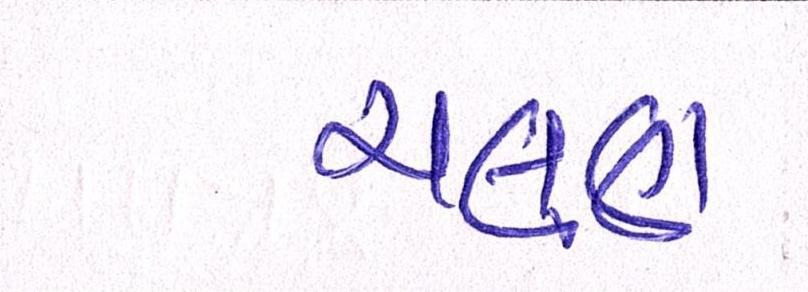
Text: ચલણ